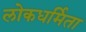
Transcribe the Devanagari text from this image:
लोकधर्मिता